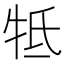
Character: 牴